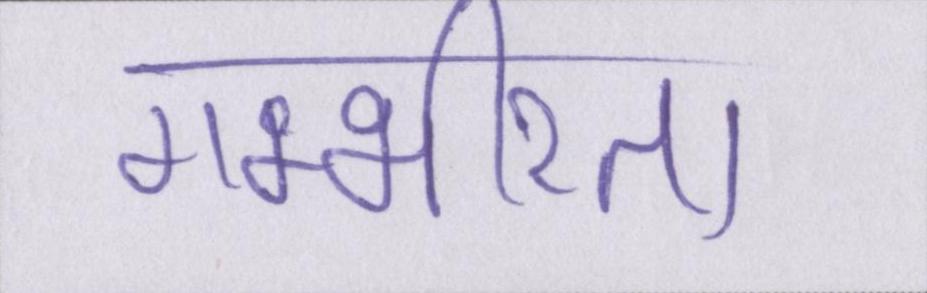
गम्भीरता